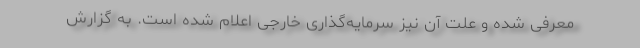
معرفی شده و علت آن نیز سرمایه‌گذاری خارجی اعلام شده است. به گزارش